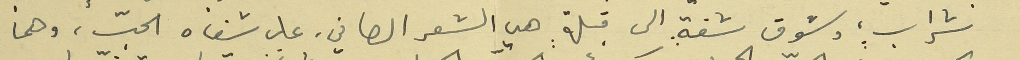
شراب، وشوق شفةٍ الى قبلةٍ هي الشعر الصافي، على شفاه الحبّ، وهما